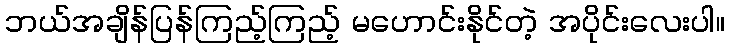
ဘယ်အချိန်ပြန်ကြည့်ကြည့် မဟောင်းနိုင်တဲ့ အပိုင်းလေးပါ။